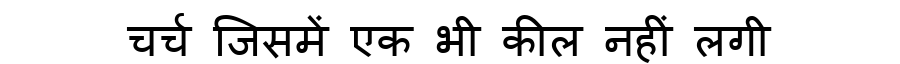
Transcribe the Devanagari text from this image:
चर्च जिसमें एक भी कील नहीं लगी